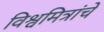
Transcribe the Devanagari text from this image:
विश्वमित्रांचे